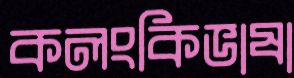
কলংকিভাষা